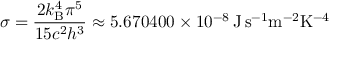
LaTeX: \sigma = { \frac { 2 k _ { \mathrm { B } } ^ { 4 } \pi ^ { 5 } } { 1 5 c ^ { 2 } h ^ { 3 } } } \approx 5 . 6 7 0 4 0 0 \times 1 0 ^ { - 8 } \, \mathrm { J \, s ^ { - 1 } m ^ { - 2 } K ^ { - 4 } }